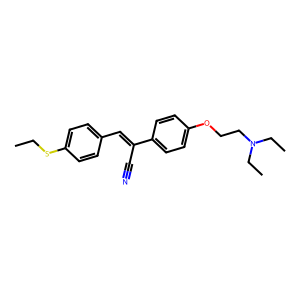
SMILES: CCSc1ccc(C=C(C#N)c2ccc(OCCN(CC)CC)cc2)cc1
Inhibits HIV replication: No